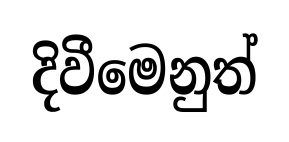
දිවීමෙනුත්